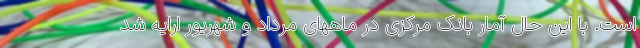
است. با این حال آمار بانک مرکزی در ماههای مرداد و شهریور ارایه شد